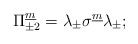
\begin{align*}\Pi^{\underline m}_{\pm2}=\lambda_{\pm}\sigma^{\underline m}\lambda_{\pm};\end{align*}